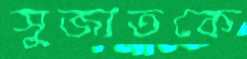
সুজাতকে